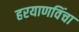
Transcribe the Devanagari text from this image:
हरयाणविंचा